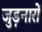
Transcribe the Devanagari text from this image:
जुड़नारों